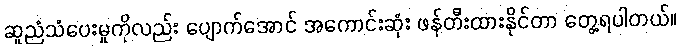
ဆူညံသံပေးမှုကိုလည်း ပျောက်အောင် အကောင်းဆုံး ဖန်တီးထားနိုင်တာ တွေ့ရပါတယ်။